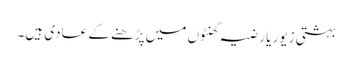
بہشتی زیور یا رضیہ گھنٹوں میں پڑھنے کے عادی ہیں۔